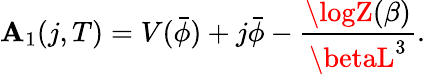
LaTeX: \mathbf{A}_{1}(j,T)=V(\bar{{\phi}})+j\bar{{\phi}}-{\frac{{\logZ(\beta)}}{{\betaL^{3}}}}.